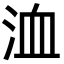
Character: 洫